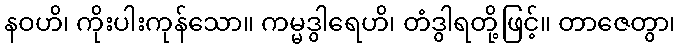
နဝဟိ၊ ကိုးပါးကုန်သော။ ကမ္မဒွါရေဟိ၊ တံဒွါရတို့ဖြင့်။ တာဇေတွာ၊